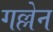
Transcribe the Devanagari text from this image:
गल्लेन